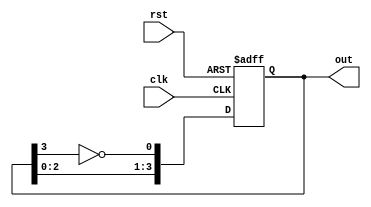
module johnson_counter(
    input clk, // Clock input
    input rst, // Reset input
    output reg [3:0] out // 4-bit output
);

reg [3:0] q;

always @(posedge clk or posedge rst) begin
    if (rst) begin
        q <= 4'b0001;
    end else begin
        q <= {q[2:0], ~q[3]};
    end
end

assign out = q;

endmodule